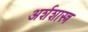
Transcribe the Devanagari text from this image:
अर्शशास्त्र